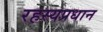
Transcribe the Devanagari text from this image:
रहस्यप्रधान